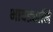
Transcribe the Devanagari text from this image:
भावड्यानि